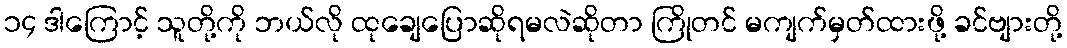
၁၄ ဒါကြောင့် သူတို့ကို ဘယ်လို ထုချေပြောဆိုရမလဲဆိုတာ ကြိုတင် မကျက်မှတ်ထားဖို့ ခင်ဗျားတို့